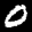
Label: 0